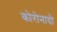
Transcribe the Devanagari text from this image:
कोरोनादो